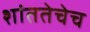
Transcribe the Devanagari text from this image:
शांततेचेच